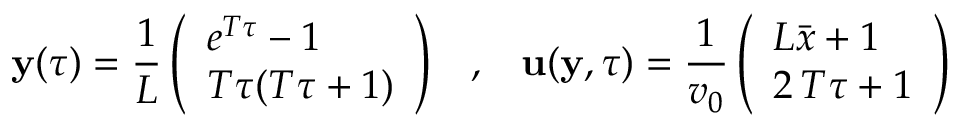
{ \mathbf y } ( \tau ) = \frac { 1 } { L } \left( \begin{array} { l } { e ^ { T \tau } - 1 } \\ { T \tau ( T \tau + 1 ) } \end{array} \right) \; \; \; , \; \; \; { \mathbf u } ( { \mathbf y } , \tau ) = \frac { 1 } { v _ { 0 } } \left( \begin{array} { l } { L \bar { x } + 1 } \\ { 2 \, T \tau + 1 } \end{array} \right)